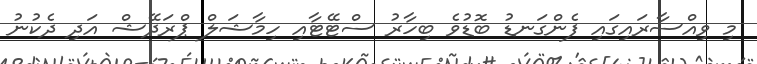
މި ވިއްސާރައިގައި ފެންގަނޑު ބޮޑުވެ ބިހާރު ސްޓޭޓާއި ހިމާޝަލް ޕްރަދޭޝް އަދި ދެކުނު